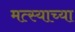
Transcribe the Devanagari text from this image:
मत्स्याच्या